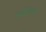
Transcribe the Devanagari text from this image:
स्पशिकाएँ